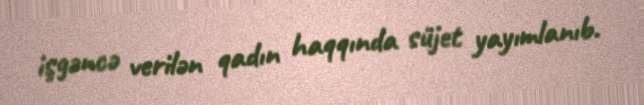
işgəncə verilən qadın haqqında süjet yayımlanıb.